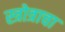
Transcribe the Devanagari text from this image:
स्त्रोत्राचा